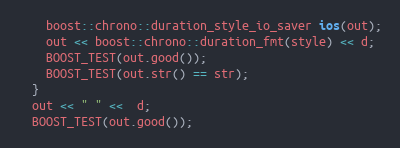
Language: C++
    boost::chrono::duration_style_io_saver ios(out);
    out << boost::chrono::duration_fmt(style) << d;
    BOOST_TEST(out.good());
    BOOST_TEST(out.str() == str);
  }
  out << " " <<  d;
  BOOST_TEST(out.good());